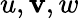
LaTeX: u,\mathbf{v},w